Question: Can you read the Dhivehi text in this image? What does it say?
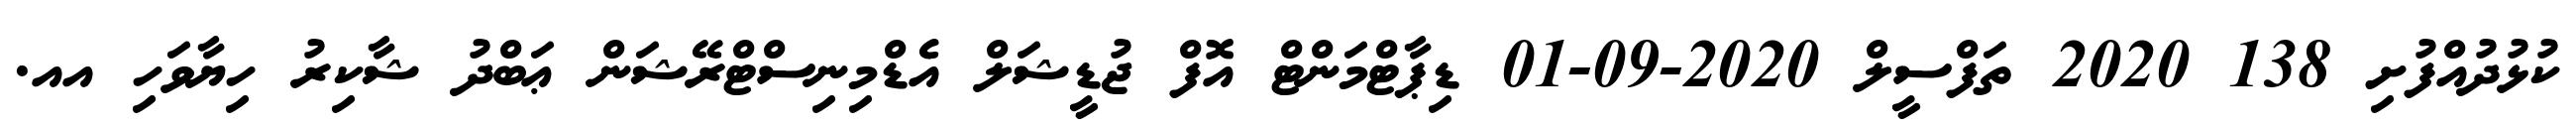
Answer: ކުޅުދުއްފުށި 138 2020 ތަފްސީލް 2020-09-01 ޑިޕާޓްމަންޓް އޮފް ޖުޑީޝަލް އެޑްމިނިސްޓްރޭޝަން ޢަބްދު ޝާކިރު ހިޔާވަހި އއ.